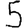
Digit: 5